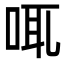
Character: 𠲷